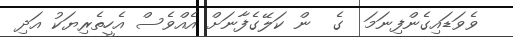
ވެވަޑައިގެންފިނަމަ  ގެ  ން ކަލޭގެފާނަށް އެއްވެސް އެހީތެރިޔަކު އަދި